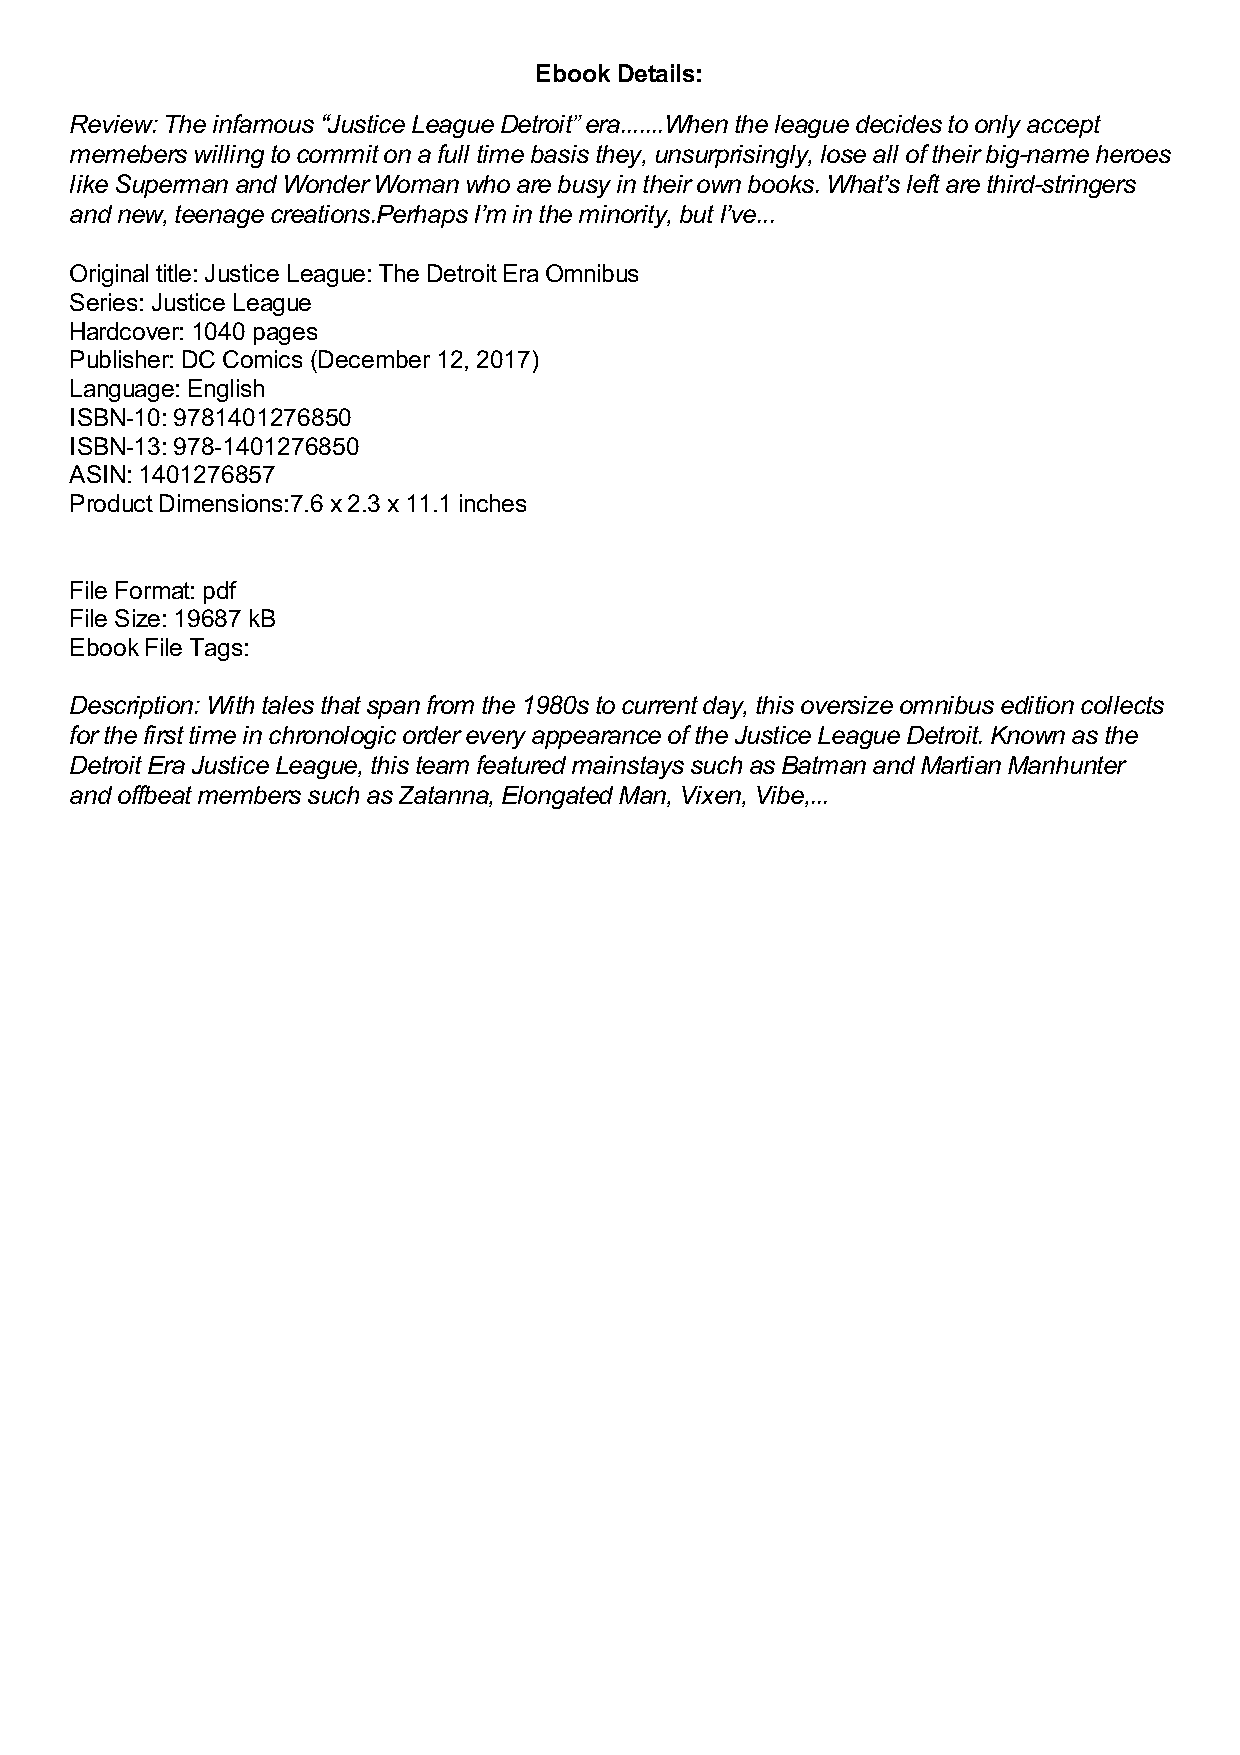
Ebook Details:
 Review: The infamous “Justice League Detroit” era.......When the league decides to only accept
 memebers willing to commit on a full time basis they, unsurprisingly, lose all of their big-name heroes
 like Superman and Wonder Woman who are busy in their own books. What’s left are third-stringers
 and new, teenage creations.Perhaps I’m in the minority, but I’ve...
 Original title: Justice League: The Detroit Era Omnibus
 Series: Justice League
 Hardcover: 1040 pages
 Publisher: DC Comics (December 12, 2017)
 Language: English
 ISBN-10: 9781401276850
 ISBN-13: 978-1401276850
 ASIN: 1401276857
 Product Dimensions:7.6 x 2.3 x 11.1 inches
 File Format: pdf
 File Size: 19687 kB
 Ebook File Tags:
 Description: With tales that span from the 1980s to current day, this oversize omnibus edition collects
 for the first time in chronologic order every appearance of the Justice League Detroit. Known as the
 Detroit Era Justice League, this team featured mainstays such as Batman and Martian Manhunter
 and offbeat members such as Zatanna, Elongated Man, Vixen, Vibe,...